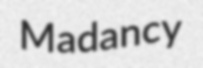
Madancy